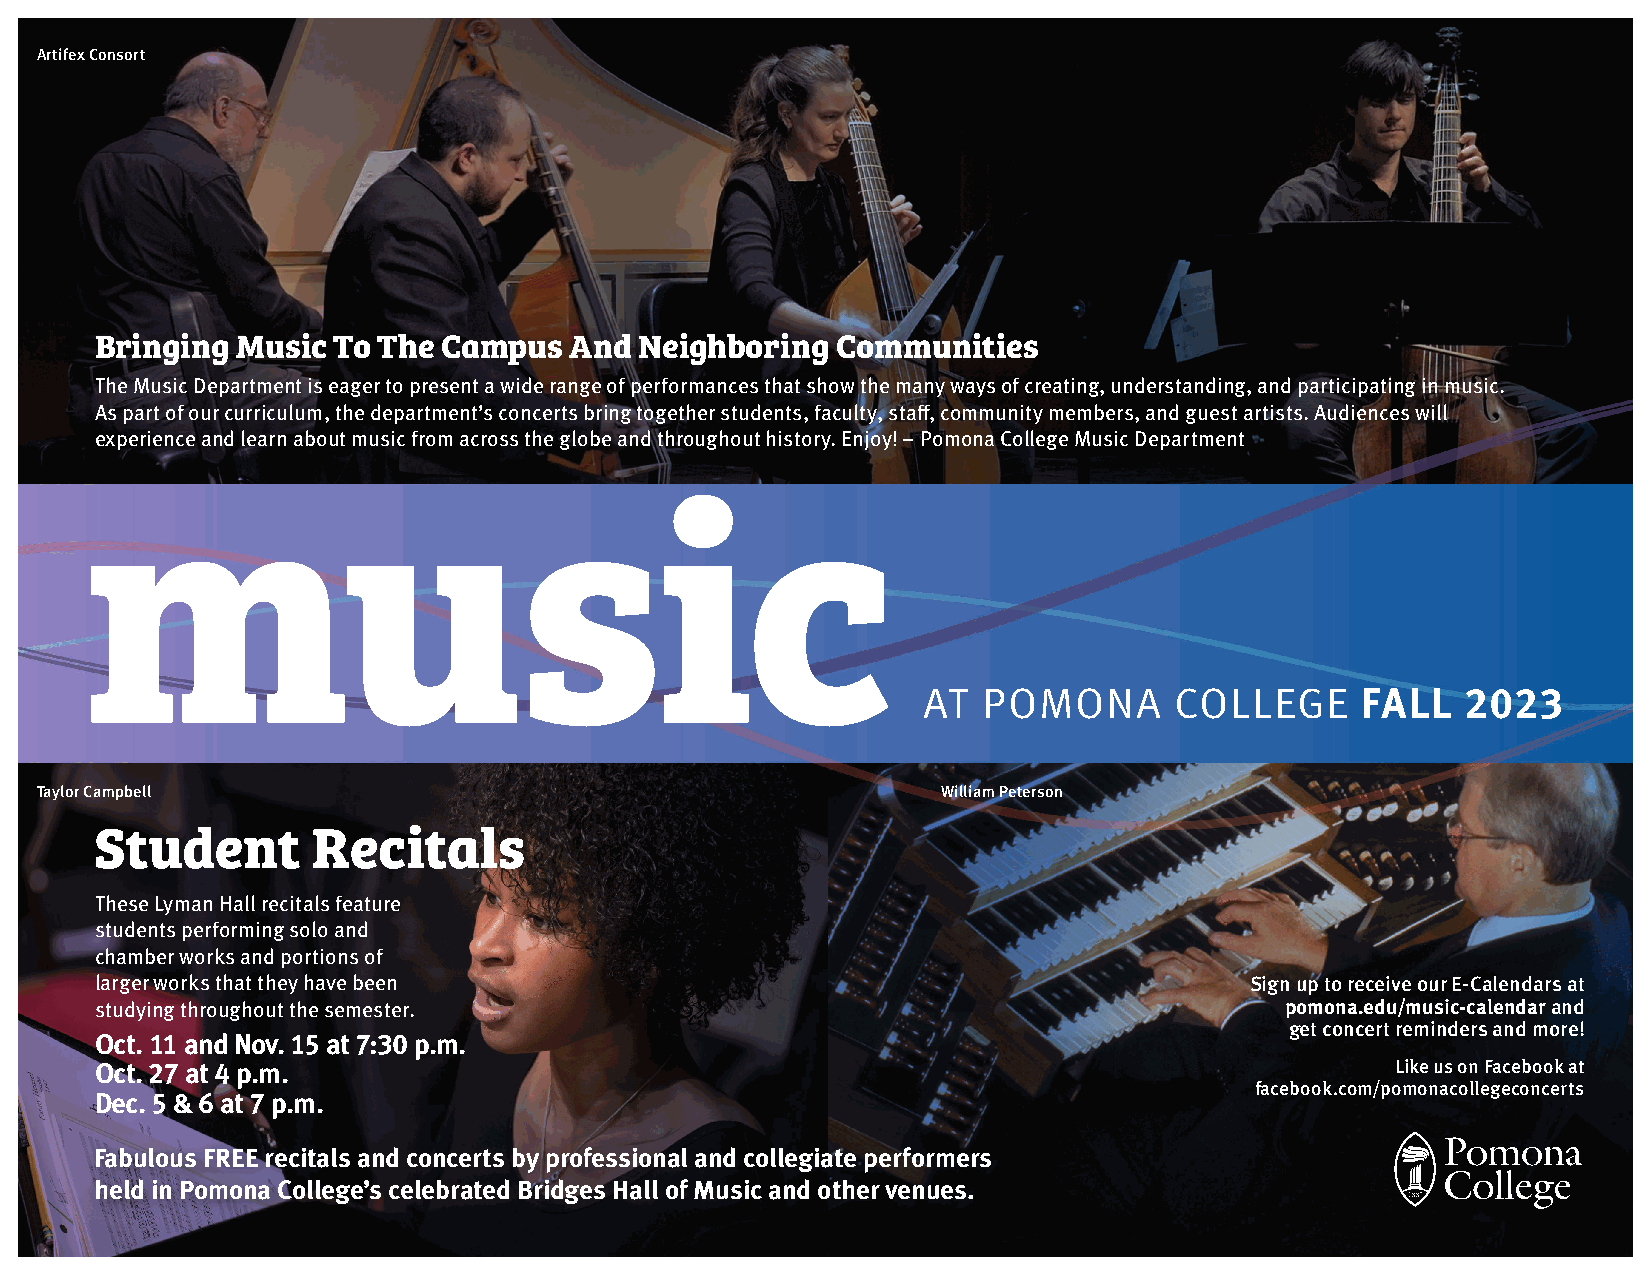
Artifex Consort
 Bringing  Music To The Campus   And Neighboring  Communities
 The Music Department is eager to present a wide range of performances that show the many ways of creating, understanding, and participating in music.
 As part of our curriculum, the department’s concerts bring together students, faculty, staff, community members, and guest artists. Audiences will
 experience and learn about music from across the globe and throughout history. Enjoy! – Pomona College Music Department
 music
 AT  POMONA       COLLEGE     FALL   2023
 Taylor Campbell                                             William Peterson
 Student        Recitals
 These Lyman Hall recitals feature
 students performing solo and
 chamber works and portions of
 larger works that they have been                                             Sign up to receive our E-Calendars at
 studying throughout the semester.                                              pomona.edu/music-calendar and
 get concert reminders and more!
 Oct. 11 and Nov. 15 at 7:30 p.m.
 Oct. 27 at 4 p.m.                                                                     Like us on Facebook at
 facebook.com/pomonacollegeconcerts
 Dec. 5 & 6 at 7 p.m.
 Fabulous FREE recitals and concerts by professional and collegiate performers
 held in Pomona College’s celebrated Bridges Hall of Music and other venues.